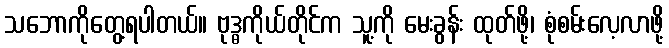
သဘောကိုတွေ့ရပါတယ်။ ဗုဒ္ဓကိုယ်တိုင်က သူ့ကို မေးခွန်း ထုတ်ဖို့၊ စုံစမ်းလေ့လာဖို့